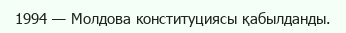
1994 — Молдова конституциясы қабылданды.